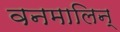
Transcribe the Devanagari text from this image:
वनमालिन्